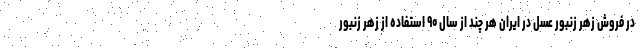
در فروش زهر زنبور عسل در ایران هر چند از سال ۹۰ استفاده از زهر زنبور